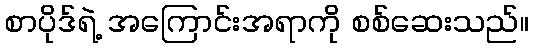
စာပိုဒ်ရဲ့ အကြောင်းအရာကို စစ်ဆေးသည်။